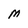
Character: M